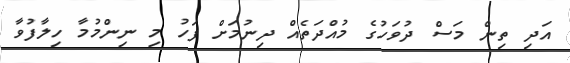
އަދި ތިން މަސް ދުވަހުގެ މުއްދަތެއް ދިނުމަށް ފަހު މި ނިންމުމާ ހިލާފުވާ